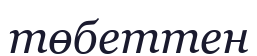
төбеттен